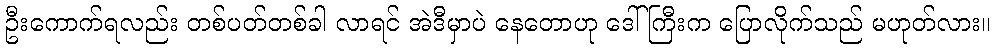
ဦးကောက်ရလည်း တစ်ပတ်တစ်ခါ လာရင် အဲဒီမှာပဲ နေတောဟု ဒေါ်ကြီးက ပြောလိုက်သည် မဟုတ်လား။